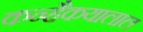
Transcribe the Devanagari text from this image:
कन्हैकयालाल